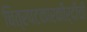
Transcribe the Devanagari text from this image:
चित्रपटकारकीर्दीची